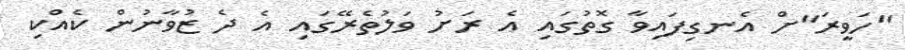
"ހަވީރަ"ށް އެނގިފައިވާ ގޮތުގައި އެ ރަށު ވަލުތެރޭގައި އެ ދެ ޒުވާނުން ކެއްކި